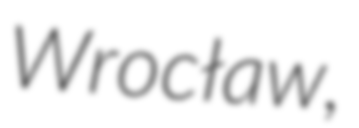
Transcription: Wrocław,